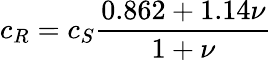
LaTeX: c_{R}=c_{S}{\frac{0.862+1.14\nu}{1+\nu}}